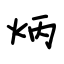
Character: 炳